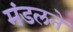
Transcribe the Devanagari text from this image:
मंडलने